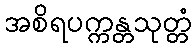
အစိရပက္ကန္တသုတ္တံ